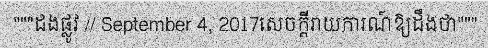
"""ដងផ្លូវ // September 4, 2017សេចក្តីរាយការណ៍ឱ្យដឹងថា"""